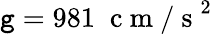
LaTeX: \mathtt{g}=981\; \mathrm{{~c~m~/~s~}}^{2}